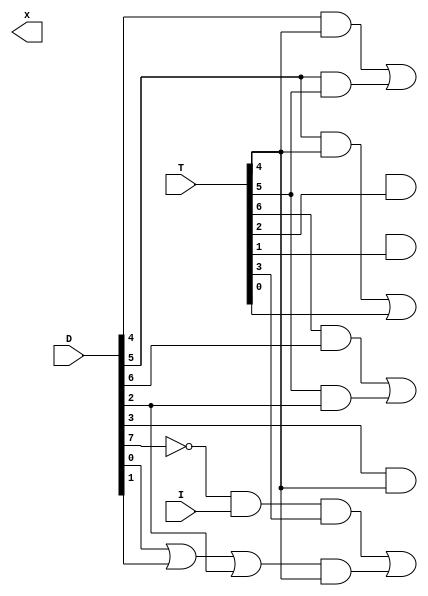


   module BUS_Control(

	input  I,
	input [7:0] T, D,
	output [7:0] x
	
	);
	
	wire o3;
	wire D7n, Rn ,R;
	wire a1, a2, a3, a9, a10;
	
	assign D7n = ~D[7];	
	
	assign a1 = D[4] & T[4];
	assign a2 = D[5] & T[5];
	assign a3 = D[5] & T[4];
	assign x[1] = a1 | a2;         //AR as source
	assign x[2] = a3 | T[0];       //PC as source
	assign x[3] =(( T[6] & D[6]) | (T[5] & D[2])) ;     //DR as source
	assign x[4] = D[3] & T[4];     //AC as source
	assign x[5] = Rn & T[2] ;      //IR as source
	assign x[6] = R & T[1];        //TR as source 
	assign a9 = D7n & I & T[3];    //for indirect
	assign o3 = D[0] | D[1] | D[2];
	assign a10 = o3 & T[4];
	assign x[7] = a9 | a10;        // M[AR] as source 	
	
endmodule